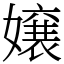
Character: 嬢